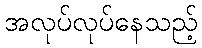
အလုပ်လုပ်နေသည့်